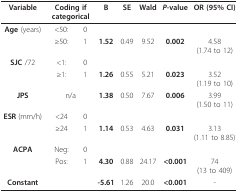
| Variable | <COLSPAN=2> Coding if categorical | B | SE | Wald | P-value | OR (95% CI) |
 | --- | --- | --- | --- | --- | --- | --- | --- |
 | Age(years) | <50: | 0 |  |  |  |  |  |
 |  | ≥50: | 1 | 1.52 | 0.49 | 9.52 | 0.002 | 4.58 (1.74 to 12) |
 | SJC /72 | <1: | 0 |  |  |  |  |  |
 |  | ≥1: | 1 | 1.26 | 0.55 | 5.21 | 0.023 | 3.52 (1.19 to 10) |
 | JPS | <COLSPAN=2> n/a | 1.38 | 0.50 | 7.67 | 0.006 | 3.99(1.50 to 11) |
 | ESR(mm/h) | <24 | 0 |  |  |  |  |  |
 |  | ≥24 | 1 | 1.14 | 0.53 | 4.63 | 0.031 | 3.13 (1.11 to 8.85) |
 | ACPA | Neg: | 0 |  |  |  |  |  |
 |  | Pos: | 1 | 4.30 | 0.88 | 24.17 | <0.001 | 74 (13 to 409) |
 | Constant |  |  | -5.61 | 1.26 | 20.0 | <0.001 | - |